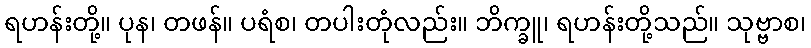
ရဟန်းတို့။ ပုန၊ တဖန်။ ပရံစ၊ တပါးတုံလည်း။ ဘိက္ခူ၊ ရဟန်းတို့သည်။ သုဗ္ဗာစ၊